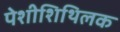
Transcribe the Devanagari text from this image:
पेशीशिथिलक